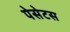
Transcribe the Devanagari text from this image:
पेसेटस